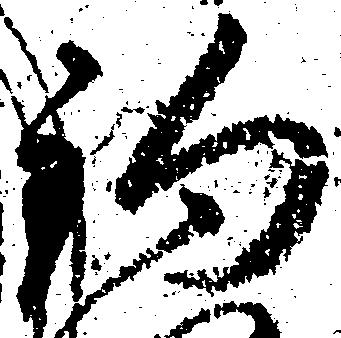
釣